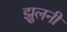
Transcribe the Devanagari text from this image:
झुलनी